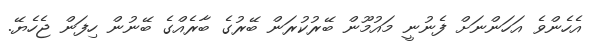
އެހެންވެ އަހަންނަށް ފެނުނީ މައުމޫން ބޭރުކުރަން ބޭރުގެ ބާރެއްގެ ބޭނުން ހިފަން ޖެހެޔޭ.